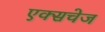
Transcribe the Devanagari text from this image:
एक्सचेज